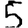
Digit: 5